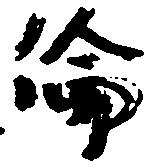
倫